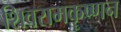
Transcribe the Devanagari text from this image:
शिवरामकॄष्णन